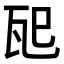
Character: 𪼶